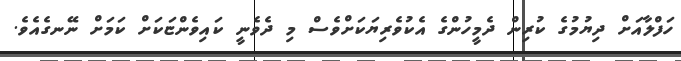
ހަފްލާއަށް ދިޔުމުގެ ކުރިން ދެމީހުންގެ އެކުވެރިޔަކަށްވެސް މި ދެވެނީ ކައިވެންޏަކަށް ކަމަށް ނޭނގެއެވެ.